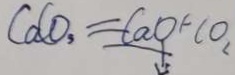
C a C O _ { 3 } = C a O + C O L